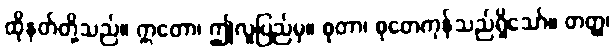
ထိုနတ်တို့သည်။ ဣတော၊ ဤလူပြည်မှ။ စုတာ၊ စုတေကုန်သည်ရှိသော်။ တတ္ထ၊